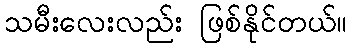
သမီးလေးလည်း ဖြစ်နိုင်တယ်။